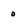
Character: 0